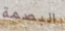
البصمة